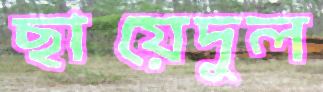
ছায়েদুল